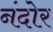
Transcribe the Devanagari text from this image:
नंदोर